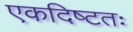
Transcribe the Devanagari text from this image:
एकदिष्‍टतः